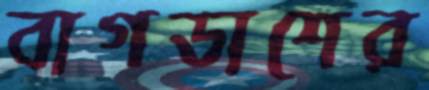
বাগডাশের